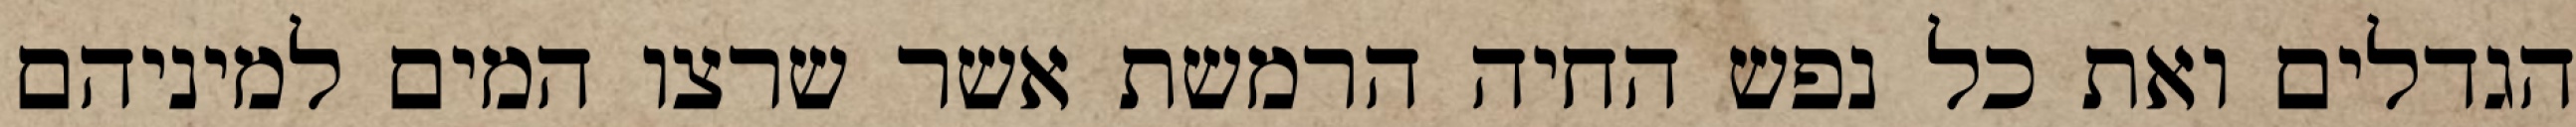
הגדלים ואת כל נפש החיה הרמשת אשר שרצו המים למיניהם